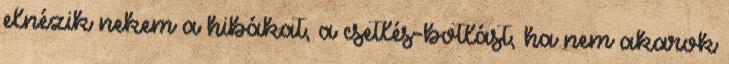
elnézik nekem a hibákat, a csetlés-botlást, ha nem akarok